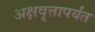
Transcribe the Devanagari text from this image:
अक्षवृत्तापर्यंत